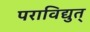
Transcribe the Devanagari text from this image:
पराविद्युत्